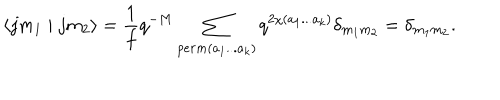
\langle j m _ { 1 } \mid j m _ { 2 } \rangle = \frac { 1 } { f } q ^ { - M } \sum _ { p e r m ( a _ { 1 } . . . a _ { k } ) } q ^ { 2 \chi ( a _ { 1 } . . . a _ { k } ) } \delta _ { m _ { 1 } m _ { 2 } } = \delta _ { m _ { 1 } m _ { 2 } } .